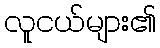
လူငယ်များ၏